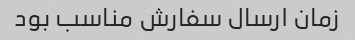
زمان ارسال سفارش مناسب بود